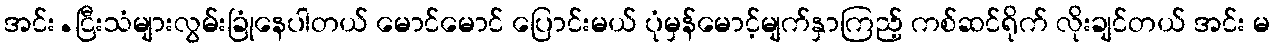
အင်း.ငြီးသံများလွမ်းခြုံနေပါတယ် မောင်မောင် ပြောင်းမယ် ပုံမှန်မောင့်မျက်နှာကြည့် ကစ်ဆင်ရိုက် လိုးချင်တယ် အင်း မ